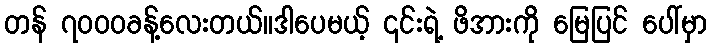
တန် ၇၀၀၀ခန့်လေးတယ်။ဒါပေမယ့် ၎င်းရဲ့ ဖိအားကို မြေပြင် ပေါ်မှာ